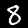
Label: 8